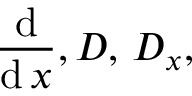
{ \frac { \operatorname { d } } { \operatorname { d } x } } , D , \, D _ { x } ,